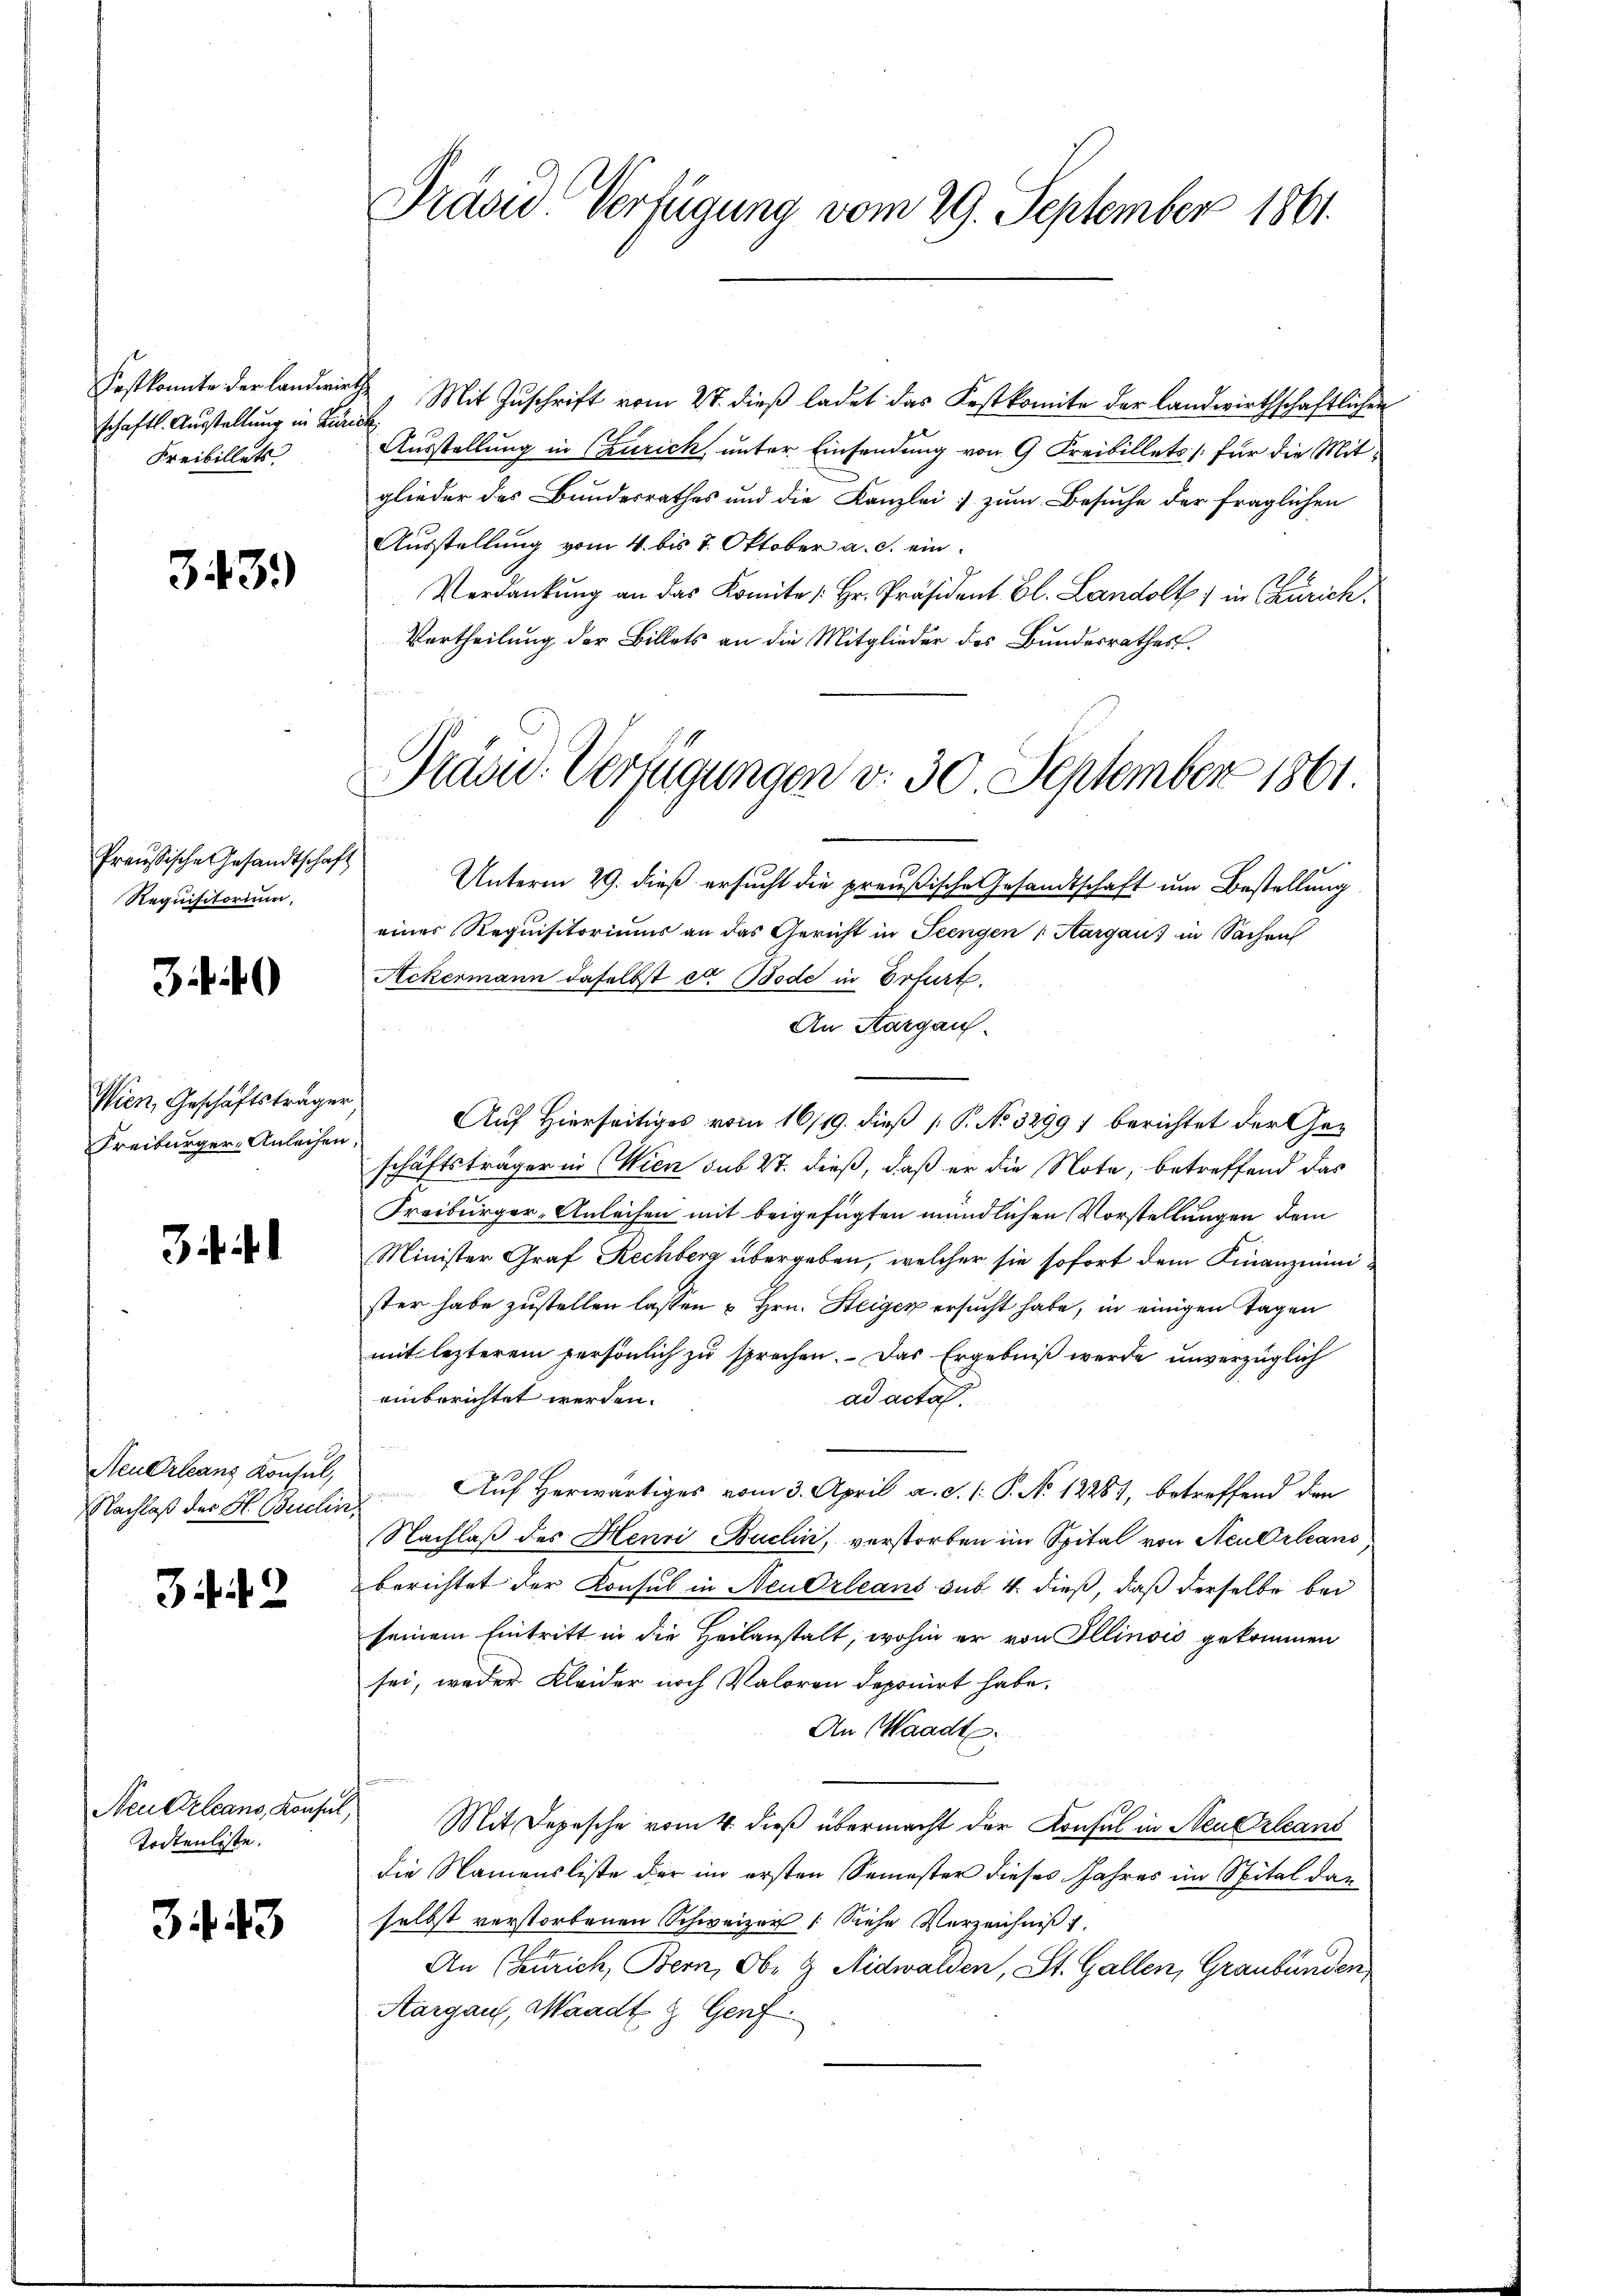
schaftl. Austellung in Zürich
Freibillets

343)

Preußische Gesandtschaft
Requisitorium,

Wien, Geschäftsträger
Freiburger-Anleihen,

Neuerleans Konsul,

32

Neu Orleans, Konsul,
Todtenliste.

343

Präsid Verfügung vom 29. September 1861.

Festkonnte der Landwirths, Mit Zuschrift vom 27. dieß ladet das Festkomite der landwirthschaftlichen
Ausstellung in Czurich, unter Einsendung von 9 Freibillets für die Mitglieder des Bundesrathes und die Kanzlei zum Besuche der fraglichen
Ausstellung vom 4. bis 7. Oktober a. c. ein¬
Verdankung an das Komite Hr. Präsident Bl. Landolt, in Zürich.
Vertheilung der Billets an die Mitglieder des Bundesrathes.

Präsid. Verfügungen d. 30. September 1861.

Unterm 29. dieß ersucht die preußische Gesandtschaft um Bestellung
eines Requisitoriums an das Gericht in Seengen (Aargaus in Sachen
Ackermann daselbst et Bode in Erfurt.
An Aargau.
Auf Hierseitiges vom 16/19. dieß P. No 32997 berichtet der Geschäftsträger in Wien sub 27. dieß, daß er die Note, betreffend das
Freiburger-Anleihen mit beigefügten mündlichen Vorstellungen dem
Minister Graf Rechberg übergeben, welcher sie sofort dem Finanzminister habe zustellen lassen u Hrn. Steiger ersucht habe, in einigen Tagen
mit lezterem persönlich zu sprechen. Das Ergebniß werde unverzüglich
einberichtet werden.
ad acta.
Nachlaß der H. Berlins Auf Herwärtiges vom 3. April a. d. 1. P. No. 12281, betreffend den
Nachlaß des Henri Buchin, verstorben im Spital von Neu Orleans,
berichtet der Konsul in NeuOrleans sub. 4. dieß, daß derselbe bei
seinem Eintritt in die Heilanstalt, wohin er von Illinois gekommen
sei, weder Kleider noch Valoren deponirt habe.
An Waadt.
Mit Depesche vom 4. dieß übermacht der Konsul in Steuerleans
die Namensliste Für im ersten Semester dieses Jahres im Spital dan
selbst verstorbenen Schweizer (Siehe Verzeichniß
An (Zürich, Bern, Obe 9 Nidwalden, St. Gallen, Graubünden
Aargau, Waadt & Genf.